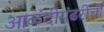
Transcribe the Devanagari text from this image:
आळंदीपंढरीची